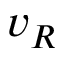
v _ { R }